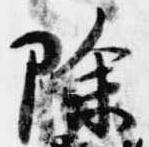
除